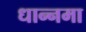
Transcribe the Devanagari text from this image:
धान्नमा